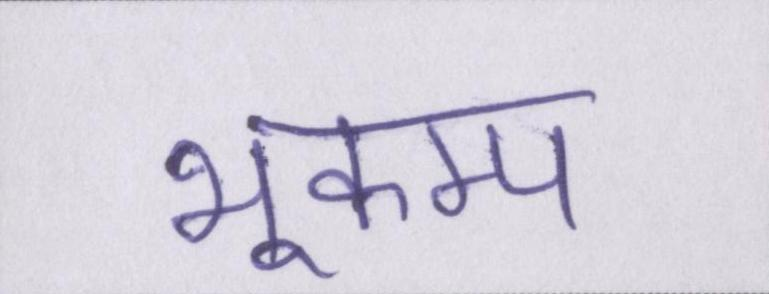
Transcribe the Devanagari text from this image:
भूकम्प